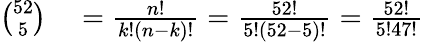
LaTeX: \begin{array}{rl}{{\binom{52}{5}}}&{{}={\frac{n!}{k!(n-k)!}}={\frac{52!}{5!(52-5)!}}={\frac{52!}{5!47!}}}\end{array}